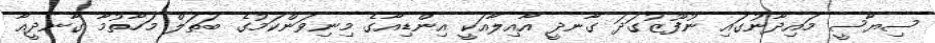
ސިޔާސީ މައިދާނުގައި ނުފޫޒުގަދަ ގާނދީ އާއިލާއަކީ އިންޑިއާގެ މިނިވަންކަމުގެ ބަތަލް މަހާތުމާ ގާނދީއާ